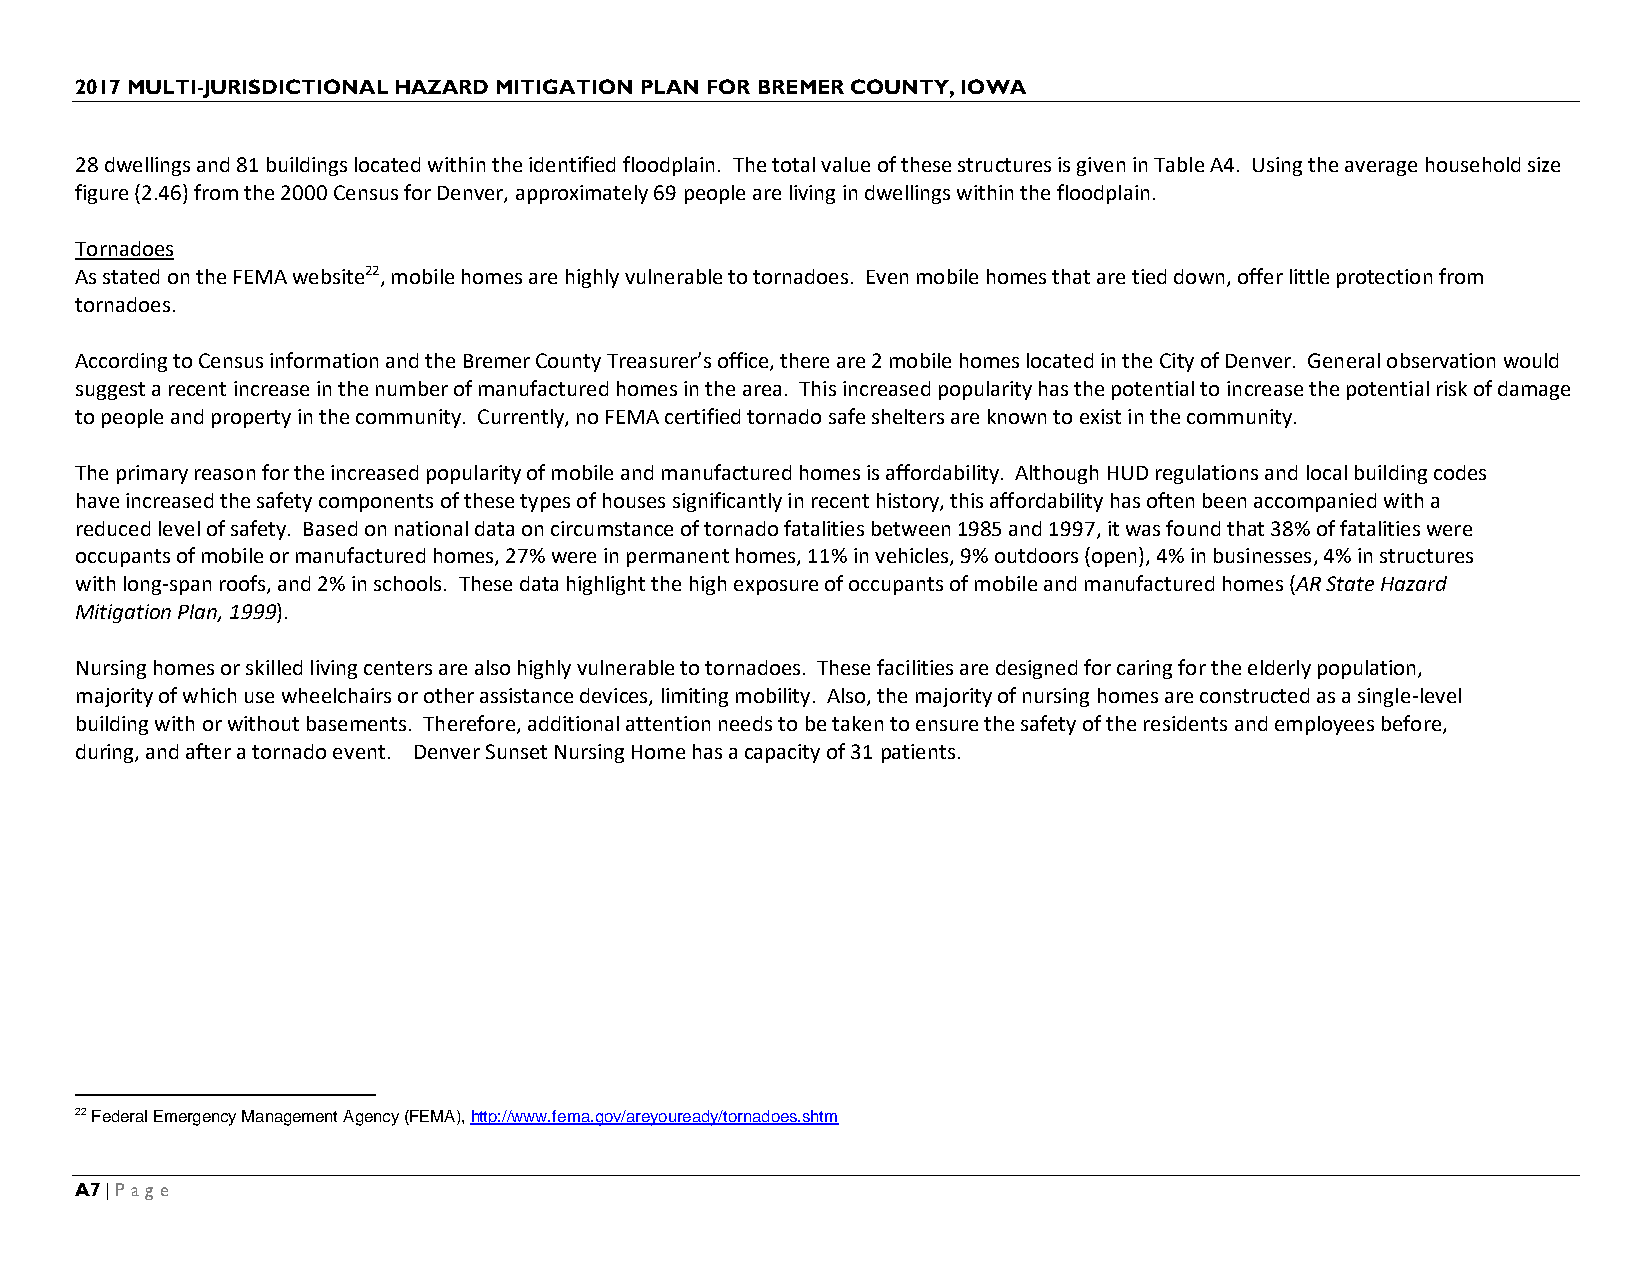
2017 MULTI-JURISDICTIONAL HAZARD MITIGATION PLAN FOR BREMER COUNTY, IOWA
 28 dwellings and 81 buildings located within the identified floodplain. The total value of these structures is given in Table A4. Using the average household size
 figure (2.46) from the 2000 Census for Denver, approximately 69 people are living in dwellings within the floodplain.
 Tornadoes
 As stated on the FEMA website22, mobile homes are highly vulnerable to tornadoes. Even mobile homes that are tied down, offer little protection from
 tornadoes.
 According to Census information and the Bremer County Treasurer’s office, there are 2 mobile homes located in the City of Denver. General observation would
 suggest a recent increase in the number of manufactured homes in the area. This increased popularity has the potential to increase the potential risk of damage
 to people and property in the community. Currently, no FEMA certified tornado safe shelters are known to exist in the community.
 The primary reason for the increased popularity of mobile and manufactured homes is affordability. Although HUD regulations and local building codes
 have increased the safety components of these types of houses significantly in recent history, this affordability has often been accompanied with a
 reduced level of safety. Based on national data on circumstance of tornado fatalities between 1985 and 1997, it was found that 38% of fatalities were
 occupants of mobile or manufactured homes, 27% were in permanent homes, 11% in vehicles, 9% outdoors (open), 4% in businesses, 4% in structures
 with long-span roofs, and 2% in schools. These data highlight the high exposure of occupants of mobile and manufactured homes (AR State Hazard
 Mitigation Plan, 1999).
 Nursing homes or skilled living centers are also highly vulnerable to tornadoes. These facilities are designed for caring for the elderly population,
 majority of which use wheelchairs or other assistance devices, limiting mobility. Also, the majority of nursing homes are constructed as a single-level
 building with or without basements. Therefore, additional attention needs to be taken to ensure the safety of the residents and employees before,
 during, and after a tornado event. Denver Sunset Nursing Home has a capacity of 31 patients.
 22 Federal Emergency Management Agency (FEMA), http://www.fema.gov/areyouready/tornadoes.shtm
 A7 | Page